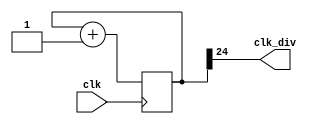
module clock_divider #(parameter n=25)(
    input clk,
    output clk_div
);
    reg [n-1:0] num=0;
    wire [n-1:0] next_num;

    always @(posedge clk) begin
        num <= next_num;
    end
    
    assign next_num = num+1;
    assign clk_div = num[n-1];
endmodule


module lab3_1(
    input clk,
    input rst,
    input en,
    input speed,
    output [15:0] led
);

    reg [15:0] led_next=65535,out=65535;
    wire w24,w27,myclk;
    clock_divider #(.n(24)) cd24(.clk(clk), .clk_div(w24));
    clock_divider #(.n(27)) cd27(.clk(clk), .clk_div(w27));
    
    assign led=out;
    assign myclk=(speed==1) ? w27 : w24;
    
    //flipflop
    always @(posedge myclk,posedge rst) begin
        if(rst==1) begin
            out<=65535;
        end else begin
            out<=led_next;
        end
    end

    //combinational block
    always @(*) begin
        if(en==0) begin
            led_next = led;
        end else begin
            led_next = (led) ? 0:65535;
        end
    end
endmodule